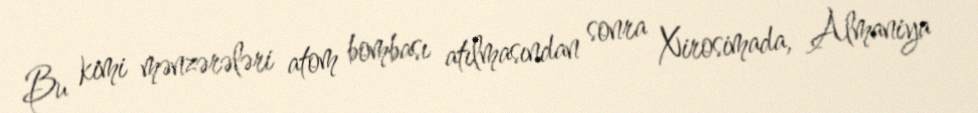
Bu kimi mənzərələri atom bombası atılmasından sonra Xirosimada, Almaniya